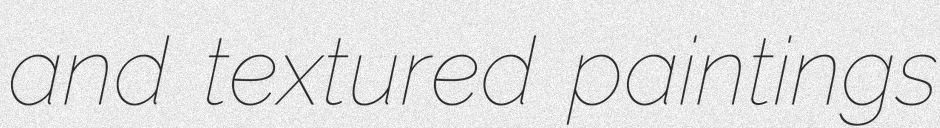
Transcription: and textured paintings